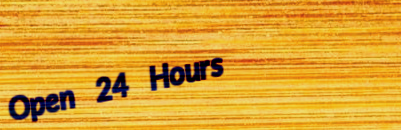
Open 24 Hours